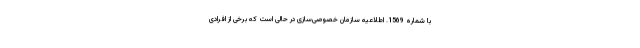
با شماره 1569. اطلاعیه سازمان خصوصی‌سازی در حالی است که برخی از افرادی